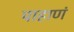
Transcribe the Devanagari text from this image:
पाहाणं